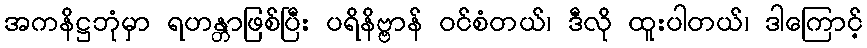
အကနိဋ္ဌဘုံမှာ ရဟန္တာဖြစ်ပြီး ပရိနိဗ္ဗာန် ဝင်စံတယ်၊ ဒီလို ထူးပါတယ်၊ ဒါကြောင့်